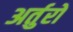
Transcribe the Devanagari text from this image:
अर्तुरो